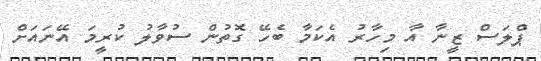
ޕްލަސް ޒީނާ އާ މިހާރު އެކަމާ ބެހޭ ގޮތުން ސުވާލު ކުރީމަ އޭނައަށް